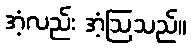
အံ့လည်း အံ့ဩသည်။